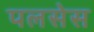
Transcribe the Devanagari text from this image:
पलसेस